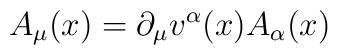
A_{\mu}(x)=\partial_{\mu}v^{\alpha}(x)A_{\alpha}(x)